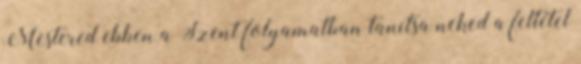
Mestered ebben a Szent folyamatban tanítsa neked a feltétel